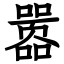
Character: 嚣